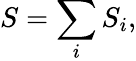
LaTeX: S=\sum_{i}S_{i},